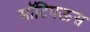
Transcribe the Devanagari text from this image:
मॉटिपऊस